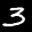
Label: 3